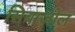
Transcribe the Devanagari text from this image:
सिबाज़ोल